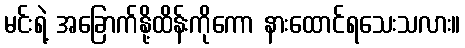
မင်းရဲ့ အခြောက်နို့ထိန်းကိုကော နားထောင်ရသေးသလား။